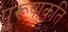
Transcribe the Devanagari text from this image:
पुरूषाकृति